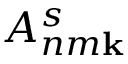
A _ { n m \bf { k } } ^ { s }